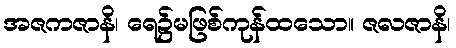
အဇကဇာနိ၊ ရေ၌မဖြစ်ကုန်ထသော။ ဇလဇာနိ၊